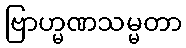
ဗြာဟ္မဏသမ္မတာ